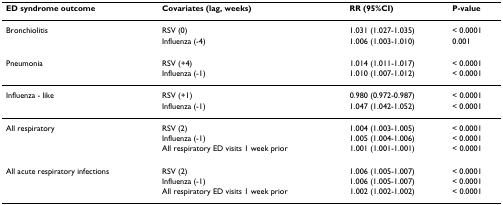
| ED syndrome outcome | Covariates (lag, weeks) | RR (95%CI) | P-value |
 | --- | --- | --- | --- |
 | Bronchiolitis | RSV (0) | 1.031 (1.027-1.035) | < 0.0001 |
 |  | Influenza (-4) | 1.006 (1.003-1.010) | 0.001 |
 | Pneumonia | RSV (+4) | 1.014 (1.011-1.017) | < 0.0001 |
 |  | Influenza (-1) | 1.010 (1.007-1.012) | < 0.0001 |
 | Influenza - like | RSV (+1) | 0.980 (0.972-0.987) | < 0.0001 |
 |  | Influenza (-1) | 1.047 (1.042-1.052) | < 0.0001 |
 | All respiratory | RSV (2) | 1.004 (1.003-1.005) | < 0.0001 |
 |  | Influenza (-1) | 1.005 (1.004-1.006) | < 0.0001 |
 |  | All respiratory ED visits 1 week prior | 1.001 (1.001-1.001) | < 0.0001 |
 | All acute respiratory infections | RSV (2) | 1.006 (1.005-1.007) | < 0.0001 |
 |  | Influenza (-1) | 1.006 (1.005-1.007) | < 0.0001 |
 |  | All respiratory ED visits 1 week prior | 1.002 (1.002-1.002) | < 0.0001 |